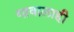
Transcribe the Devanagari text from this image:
गावालाही